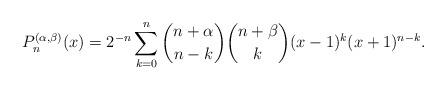
LaTeX: \begin{align*}P_{n}^{(\alpha,\beta)}(x)=2^{-n}\sum_{k=0}^{n}{\binom{n+\alpha}{n-k}}{\binom{n+\beta}{k}}(x-1)^{k}(x+1)^{n-k}. \end{align*}